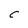
Character: C